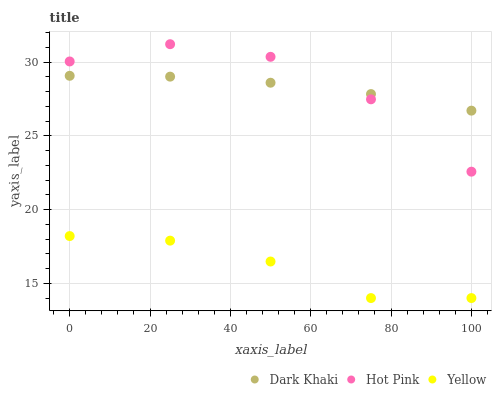
| xaxis_label | Dark Khaki | Hot Pink | Yellow |
 | --- | --- | --- | --- |
 | 0 | 29.1 | 30.1 | 18.2 |
 | 25 | 29 | 31.2 | 17.9 |
 | 50 | 28.6 | 30.4 | 16.5 |
 | 75 | 27.8 | 27.5 | 14 |
 | 100 | 26.7 | 22.6 | 14 |